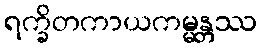
ရက္ခိတကာယကမ္မန္တဿ